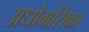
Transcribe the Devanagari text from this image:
अधोग्रसिका